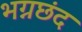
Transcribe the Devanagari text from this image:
भग्नछंद